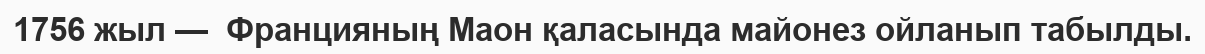
1756 жыл —  Францияның Маон қаласында майонез ойланып табылды.